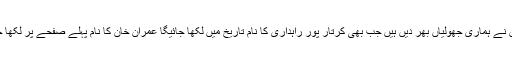
پاکستان نے ہماری جھولیاں بھر دیں ہیں جب بھی کرتار پور راہداری کا نام تاریخ میں لکھا جائیگا عمران خان کا نام پہلے صفحے پر لکھا جائیگا ۔